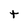
Character: t